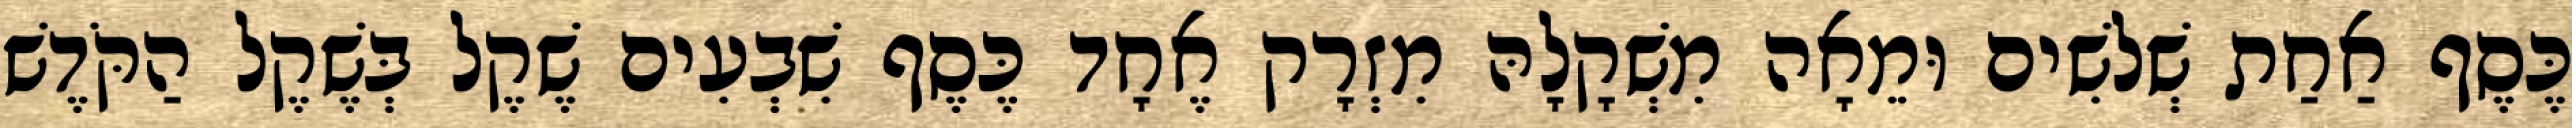
כֶּסֶף אַחַת שְׁלשִׁים וּמֵאָה מִשְׁקָלָהּ מִזְרָק אֶחָד כֶּסֶף שִׁבְעִים שֶׁקֶל בְּשֶׁקֶל הַקֹּדֶשׁ